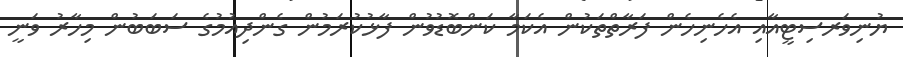
ޔުނިވަރސިޓީއާއި އެހެނިހެން ފަރާތްތަކުން އެކަމާ ކަންބޮޑުވުން ފާޅުކުރަމުން ގެންދިއުމުގެ ސަބަބުން މިހާރު ވަނީ